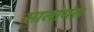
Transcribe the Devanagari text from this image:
सालोमंस